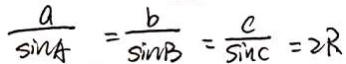
\frac { a } { \sin A } = \frac { b } { \sin B } = \frac { c } { \sin C } = 2 R